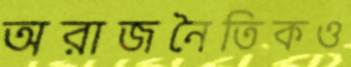
অরাজনৈতিকও